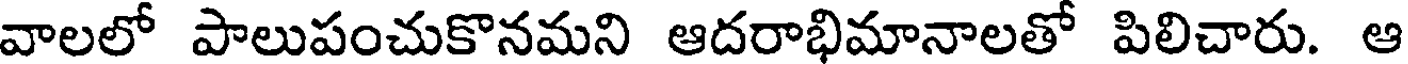
వాలలో పాలుపంచుకొనమని ఆదరాభిమానాలతో పిలిచారు. ఆ